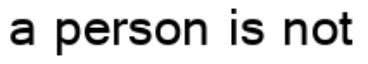
a person is not